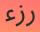
رزء